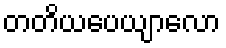
တတိယပေယျာလော